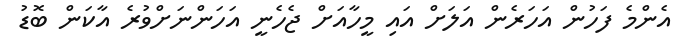
އެންމެ ފަހުން އަހަރެން އަލަށް އައި މީހާއަށް ޖެހެނީ އަހަންނަށްވުރެ އާކަން ބޮޑު